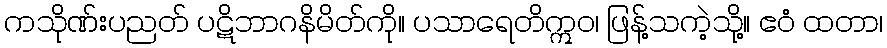
ကသိုဏ်းပညတ် ပဋိဘာဂနိမိတ်ကို။ ပသာရေတိဣဝ၊ ဖြန့်သကဲ့သို့။ ဧဝံ ထတာ၊